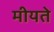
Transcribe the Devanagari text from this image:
मीयते